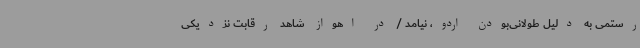
رستمی به دلیل طولانی‌بودن اردو، نیامد / در اهواز شاهد رقابت‌ نزدیکی